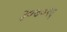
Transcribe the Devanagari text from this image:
३०७०२६